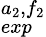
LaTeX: ^{a_{2},f_{2}}_{exp}